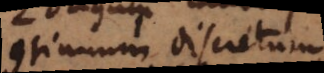
Continuum discretum